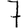
Digit: 7